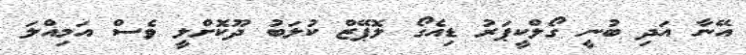
އޭނާ އަދި ބުނީ ގޯލްކީޕަރު ޑިއެގޯ ލޮޕޭޒް ކުލަބު ދޫކޮށްލީ ވެސް އަމިއްލަ